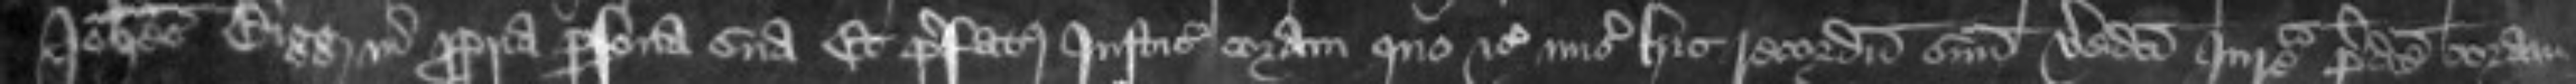
Johannes Bigg in propria persona sua Et prefatus Justiciarius coram quo etc misit hic recordum suum veredicti Jurate predicte coram